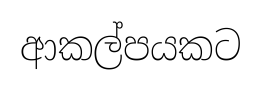
ආකල්පයකට